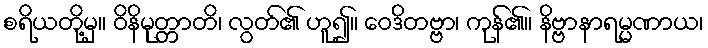
စရိယတို့မှ။ ဝိနိမုတ္တာတိ၊ လွတ်၏ ဟူ၍။ ဝေဒိတဗ္ဗာ၊ ကုန်၏။ နိဗ္ဗာနာရမ္မဏာယ၊